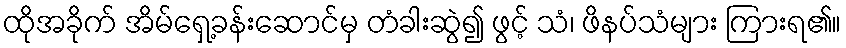
ထိုအခိုက် အိမ်ရှေ့ခန်းဆောင်မှ တံခါးဆွဲ၍ ဖွင့် သံ၊ ဖိနပ်သံများ ကြားရ၏။